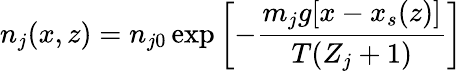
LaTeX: n_{j}(x,z)=n_{j0}\exp\left[-{\frac{m_{j}g[x-x_{s}(z)]}{T(Z_{j}+1)}}\right]